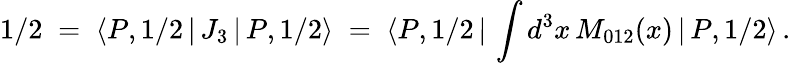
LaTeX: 1/2\; =\; \langle P,1/2\, |\, J_{3}\, |\, P,1/2\rangle\; =\; \langle P,1/2\, |\, \int d^{3}x\, M_{012}(x)\, |\, P,1/2\rangle\, .